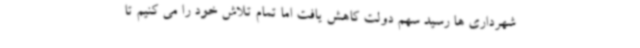
شهرداری ها رسید سهم دولت کاهش یافت اما تمام تلاش خود را می کنیم تا